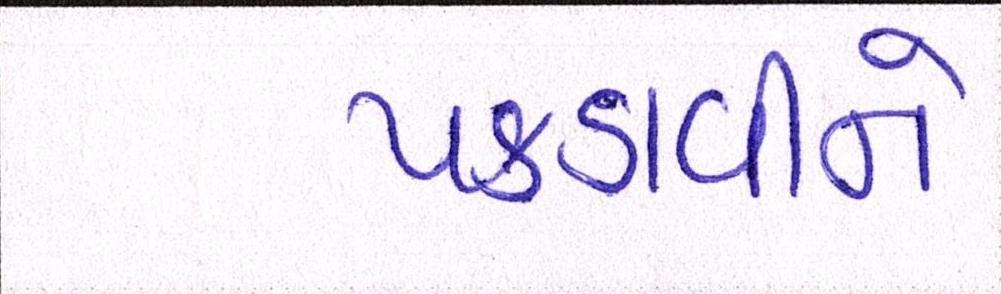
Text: પકડાવીને